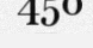
450